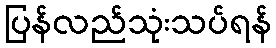
ပြန်လည်သုံးသပ်ရန်